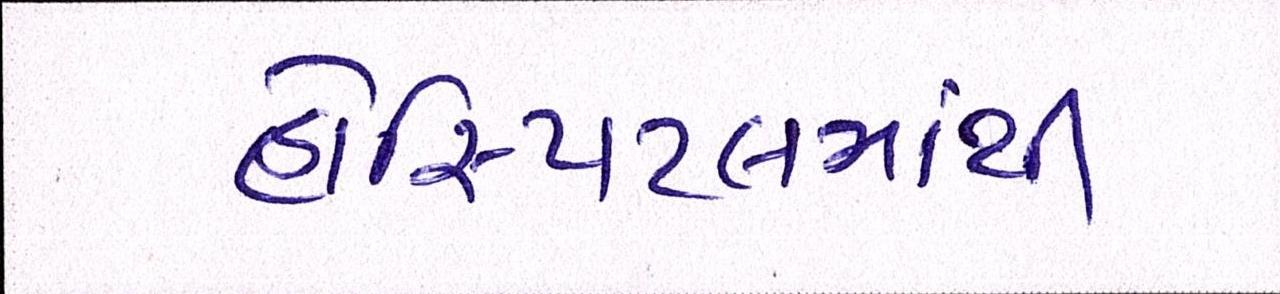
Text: હોસ્પિટલમાંથી